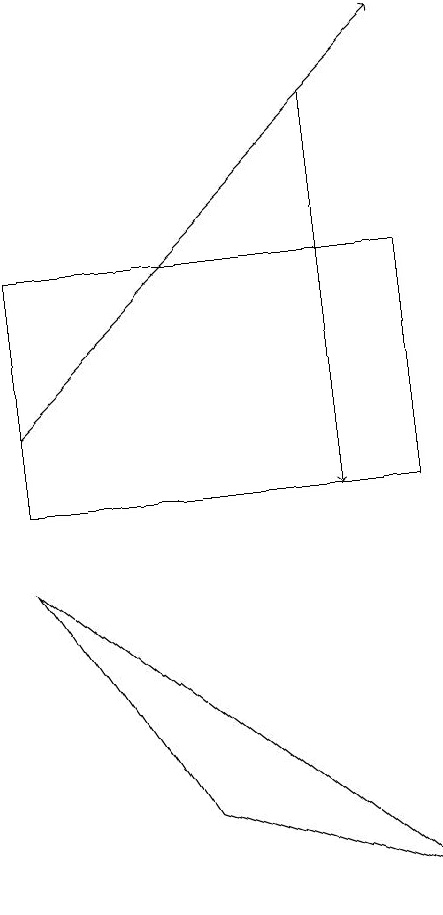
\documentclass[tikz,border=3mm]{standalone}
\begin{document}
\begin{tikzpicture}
\draw[->] (4,11) -- (9,16);
\draw[->] (8,15) -- (8,10);
\draw (6,6) -- (9,5) -- (4,9) -- cycle;
\draw (9,10) rectangle (4,13);
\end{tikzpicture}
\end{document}